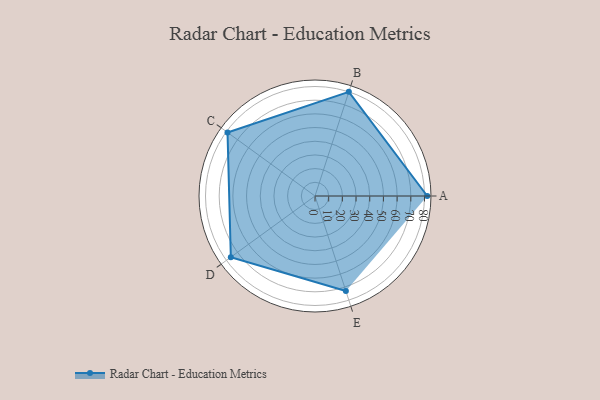
{"axis": {"x": "Skill", "y": "Score"}, "legend": ["Profile"], "data": [{"x": "A", "y": 82.0, "type": "Profile"}, {"x": "B", "y": 80.0, "type": "Profile"}, {"x": "C", "y": 79.0, "type": "Profile"}, {"x": "D", "y": 76.0, "type": "Profile"}, {"x": "E", "y": 73.0, "type": "Profile"}]}